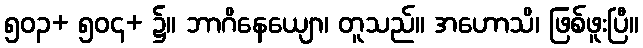
၅၀၃+ ၅၀၄+ ၌။ ဘာဂိနေယျော၊ တူသည်။ အဟောသိ၊ ဖြစ်ဖူးပြီ။